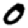
Digit: 0